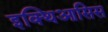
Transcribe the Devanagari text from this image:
इक्थिआसिस